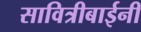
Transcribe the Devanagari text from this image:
सावित्रीबाईनी